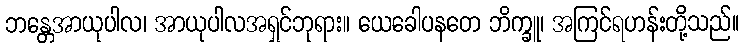
ဘန္တေအာယုပါလ၊ အာယုပါလအရှင်ဘုရား။ ယေခေါပနတေ ဘိက္ခူ၊ အကြင်ရဟန်းတို့သည်။